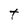
Character: T